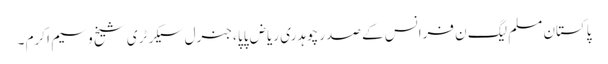
پاکستان مسلم لیگ ن فرانس کے صدر چوہدری ریاض پاپا ،جنرل سیکرٹری شیخ وسیم اکرم ۔